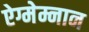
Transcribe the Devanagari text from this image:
ऐग्मेम्नान